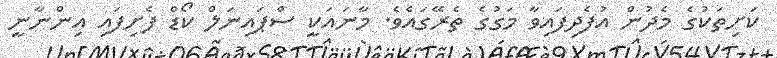
ކަށިތަކުގެ މެދުން އުފެދިފައިވާ މަގުގެ ތެރޭގައެވެ. މާނައަކީ ސްޕައިނަލް ކޯޑް ފެށިފައި އިންނާނީ